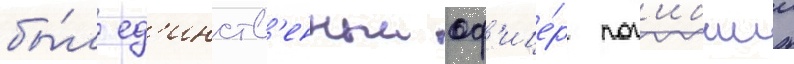
бы́л ед'инств'енныи оф'ице́р пог'ибшии